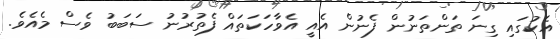
އެކުގައި ގިނަ ތަންތަނުން ފެނުން އެއީ އެވާހަކަތައް ފެތުރުނު ސަބަބު ވެސް މެއެވެ.